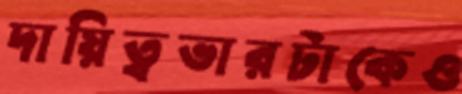
দায়িত্বভারটাকেও